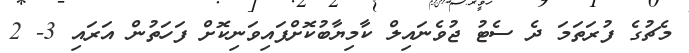
މެޗުގެ ފުރަތަމަ ދެ ސެޓު ޖުވެނައިލް ކާމިޔާބުކޮށްފައިވަނިކޮށް ފަހަތުން އަރައި 3- 2